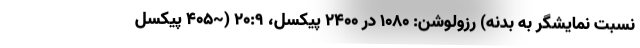
نسبت نمایشگر به بدنه) رزولوشن: ۱۰۸۰ در ۲۴۰۰ پیکسل، ۲۰:۹ (~۴۰۵ پیکسل